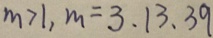
m > 1 , m = 3 、 1 3 、 3 9